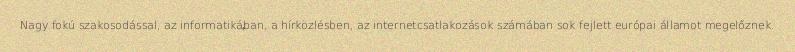
Nagy fokú szakosodással, az informatikában, a hírközlésben, az internetcsatlakozások számában sok fejlett európai államot megelőznek.